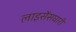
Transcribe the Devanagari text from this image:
लाइसेंसघारी